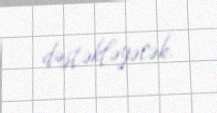
dəstəkləyəcək.